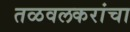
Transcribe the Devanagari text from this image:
तळवलकरांचा